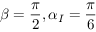
\beta = \frac { \pi } { 2 } , \alpha _ { I } = \frac { \pi } { 6 }